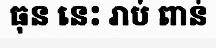
ធុន នេះ រាប់ ពាន់